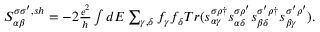
\begin{array} { r } { { S _ { \alpha \beta } ^ { \sigma \sigma ^ { \prime } , s h } } = - 2 \frac { e ^ { 2 } } { h } \int d E \sum _ { \gamma , \delta } f _ { \gamma } f _ { \delta } T r ( s _ { \alpha \gamma } ^ { \sigma \rho \dagger } s _ { \alpha \delta } ^ { \sigma \rho ^ { \prime } } s _ { \beta \delta } ^ { \sigma ^ { \prime } \rho \dagger } s _ { \beta \gamma } ^ { \sigma ^ { \prime } \rho ^ { \prime } } ) . } \end{array}